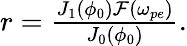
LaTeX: \begin{array}{r}{r=\frac{J_{1}(\phi_{0})\mathcal{F}(\omega_{pe})}{J_{0}(\phi_{0})}.}\end{array}